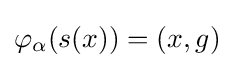
\varphi _{\alpha }(s(x))=(x,g)